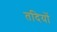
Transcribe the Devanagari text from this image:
तदियों